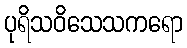
ပုရိသဝိသေသကရော